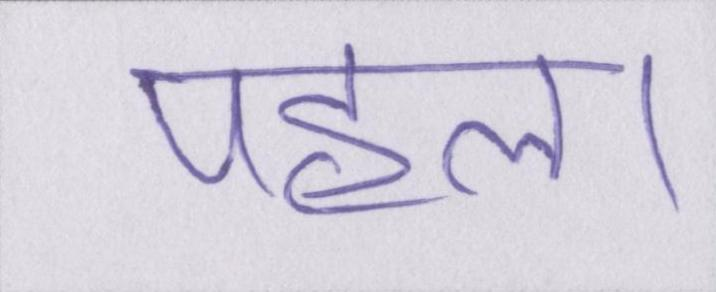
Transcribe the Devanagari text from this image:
पहल।